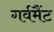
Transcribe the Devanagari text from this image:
गर्वमैंट